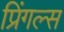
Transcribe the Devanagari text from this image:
प्रिंगल्स